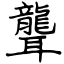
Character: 聾